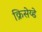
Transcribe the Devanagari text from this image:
क्रिसेय्डे